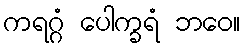
ကရဂ္ဂံ ပေါက္ခရံ ဘဝေ။